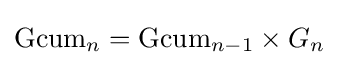
\mathrm {Gcum} _{n}=\mathrm {Gcum} _{n-1}\times G_{n}